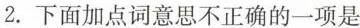
2.下面加点词意思不正确的一项是